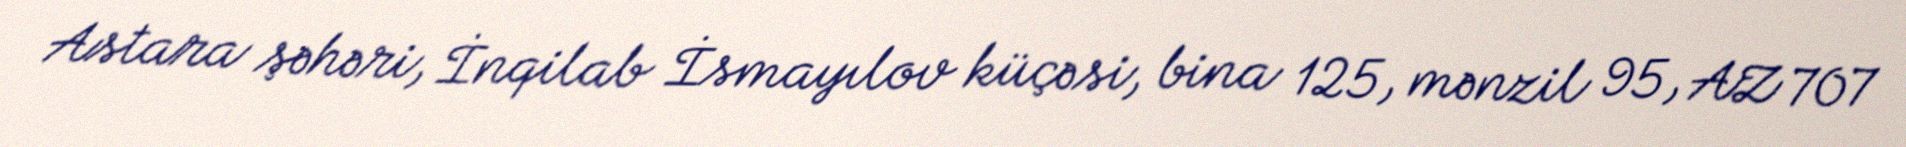
Astara şəhəri, İnqilab İsmayılov küçəsi, bina 125, mənzil 95, AZ 707